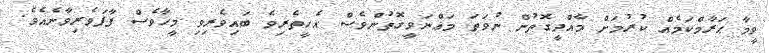
ވީމާ ޙަރާމްކަމެއް ކުރުމަށް މާއްދީގޮތުން ނުވަތަ މަޢްނަވީގޮތުންވެސް އެހީތެރިވެ ބައިވެރިވި މީހާވެސް ފާފަވެރިވާނެއެވެ.